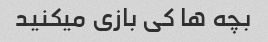
بچه ها کی بازی میکنید